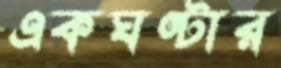
একঘণ্টার